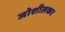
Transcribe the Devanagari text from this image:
जोशीलकर